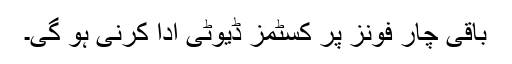
باقی چار فونز پر کسٹمز ڈیوٹی ادا کرنی ہو گی۔